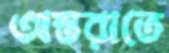
অন্তরাতে